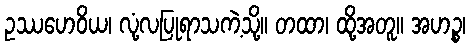
ဥဿဟေဝိယ၊ လုံ့လပြုရာသကဲ့သို့။ တထာ၊ ထို့အတူ။ အဟဉ္စ၊